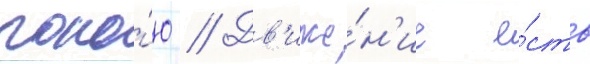
поко́ю // Дв'иже́н'ие е́сть